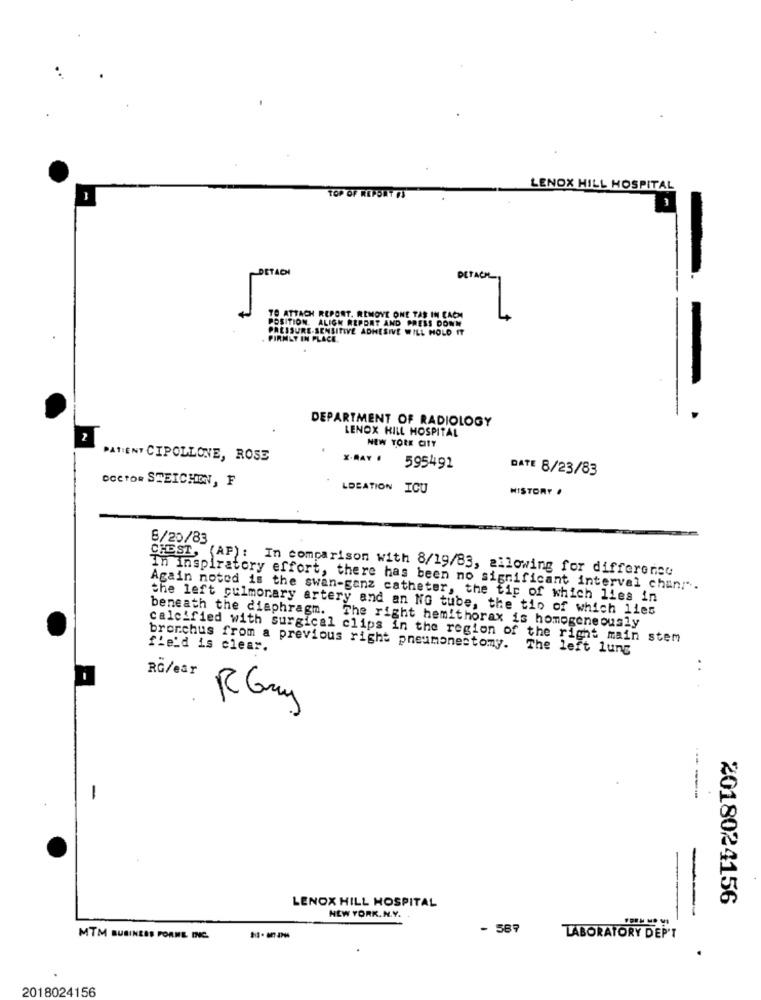
LENOX HILL HOSPITAL
TOP OF REPORT FU
DETACH
DETACH
-
POSITION. ALIGN REPORT AND PRESS DOWN
TO ATTACH REPORT. REMOVE ONE TAS IN EACH
PRESSURE-SENSITIVE ADHESIVE WILL HOLD IT
FIRMLY IN PLACE.
DEPARTMENT OF RADIOLOGY
LENOX HILL HOSPITAL
NEW YORK CITY
PATIENT CIPOLLONE, ROSE
X-RAY .
595491
DATE 8/23/83
oceto SEEICHON, F
LOCATION ICU
HISTORY
6/20/83
CHEST, (AP): In comparison with 8/19/83, allowing for difference
In inspiratory effort, there has been no significant interval chan!".
Again noted is the swan-ganz catheter, the tip of which lies in
the left pulmonary artery and an NG tube, the tin of which lies
beneath the diaphragm. The right hemithorax is homogeneously
calcified with surgical clips in the region of the right main stem
bronchus from a previous right pneumonectomy. The left lung
field is clear.
RG/ear
..
R Guy
-
LENOX HILL HOSPITAL
2018024156
NEW YORK. N.Y.
- 589
MTM BUSINESS FORME INC.
LABORATORY DEP'T
2018024156